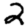
Digit: 2